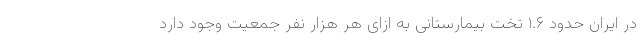
در ایران حدود ۱.۶ تخت بیمارستانی به ازای هر هزار نفر جمعیت وجود دارد